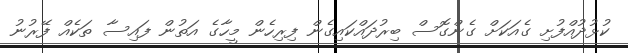
ކުޅުދުއްފުށި ގެއަކަށް ގެންގޮސް ބިރުދައްކައިގެން ފިރިހެން މީހާގެ އަތުން ފައިސާ ތަކެއް ފޭރުނު